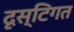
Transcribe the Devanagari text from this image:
दृस्टिगत